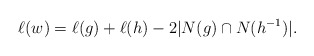
\begin{align*} \ell(w) = \ell(g) + \ell(h) - 2|N(g)\cap N(h^{-1})|.\end{align*}